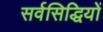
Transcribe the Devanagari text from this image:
सर्वसिद्धियों